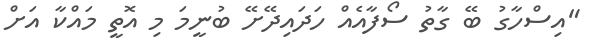
"އިސްހާގު ބޭ ގާތު ސޯފާއެއް ހަދައިދޭށޭ ބުނީމަ މި އޮތީ މައްކާ އަށް